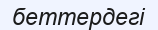
беттердегі